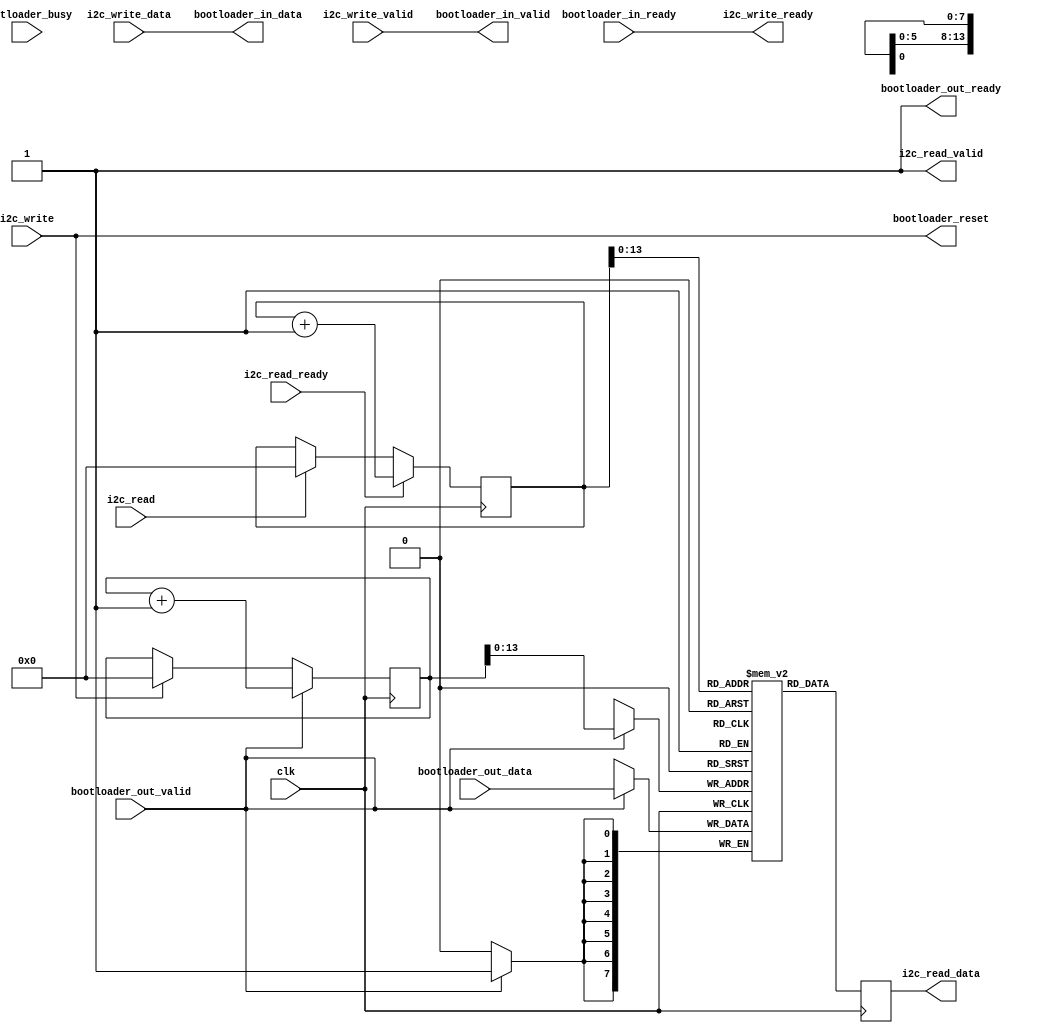
module i2c_fsm (
    input clk,

    // Bootloader state machine interface
    input bootloader_out_valid,
    input [7:0] bootloader_out_data,
    output bootloader_out_ready,

    output bootloader_in_valid,
    output [7:0] bootloader_in_data,
    input bootloader_in_ready,

    input bootloader_busy,
    output bootloader_reset,

    // I2C slave interface
    input i2c_read_ready,
    output [7:0] i2c_read_data,
    output i2c_read_valid,

    output i2c_write_ready,
    input [7:0] i2c_write_data,
    input i2c_write_valid,

    input i2c_read,
    input i2c_write
);

localparam DEPTH = 30*512;

// Read buffer, cache data from the boorloader
reg [7:0] buffer[0:DEPTH-1];
reg [$clog2(DEPTH+1):0] read_ptr = 0;
reg [$clog2(DEPTH+1):0] write_ptr = 0;

// Start of write, resets the bootloader FSM
assign bootloader_reset = i2c_write;

// Connects i2c write directly to bootloader read
assign bootloader_in_valid = i2c_write_valid;
assign bootloader_in_data = i2c_write_data;
assign i2c_write_ready = bootloader_in_ready;

// We are always ready to accept data
assign bootloader_out_ready = 1;

// Data to the I2C: first the status byte then the buffer
reg buffer_read_valid = 1;
reg [7:0] buffer_read_data;
assign i2c_read_data = buffer_read_data;
assign i2c_read_valid = buffer_read_valid;

always @(posedge clk) begin
    // I2C should read buffer from the begining
    if (i2c_read) read_ptr <= 0;
    
    // When I2C writes a new command, the buffer is reset
    if (i2c_write) write_ptr <= 0;

    // Buffering what comes from the bootloader
    if (bootloader_out_valid && bootloader_out_ready) begin
      buffer[write_ptr] <= bootloader_out_data;
      write_ptr <= write_ptr + 1;
    end

    // Reading from I2C
    // buffer_read_valid <= 0;
    if (i2c_read_ready) begin
      // buffer_read_valid <= 1;
      // if (buffer_read_valid) read_ptr <= read_ptr + 1;
      read_ptr <= read_ptr + 1;
    end
    buffer_read_data <= buffer[read_ptr];
end

endmodule